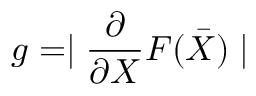
g = \mid \frac { \partial } { \partial X } F ( \bar { X } ) \mid